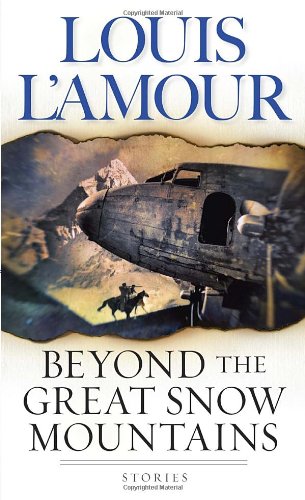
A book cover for Beyond the Great Snow Mountains: Stories; Louis L'Amour; Literature & Fiction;